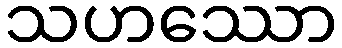
သဟဿော